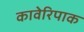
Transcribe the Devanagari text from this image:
कावेरिपाक